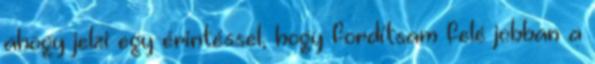
ahogy jelzi egy érintéssel, hogy fordítsam felé jobban a